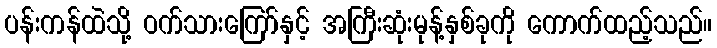
ပန်းကန်ထဲသို့ ဝက်သားကြော်နှင့် အကြီးဆုံးမုန့်နှစ်ခုကို ကောက်ထည့်သည်။